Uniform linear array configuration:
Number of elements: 32
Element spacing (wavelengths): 0.25
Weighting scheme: hamming
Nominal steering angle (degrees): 60
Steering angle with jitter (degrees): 60.553
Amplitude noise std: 0.05
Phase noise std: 0.05

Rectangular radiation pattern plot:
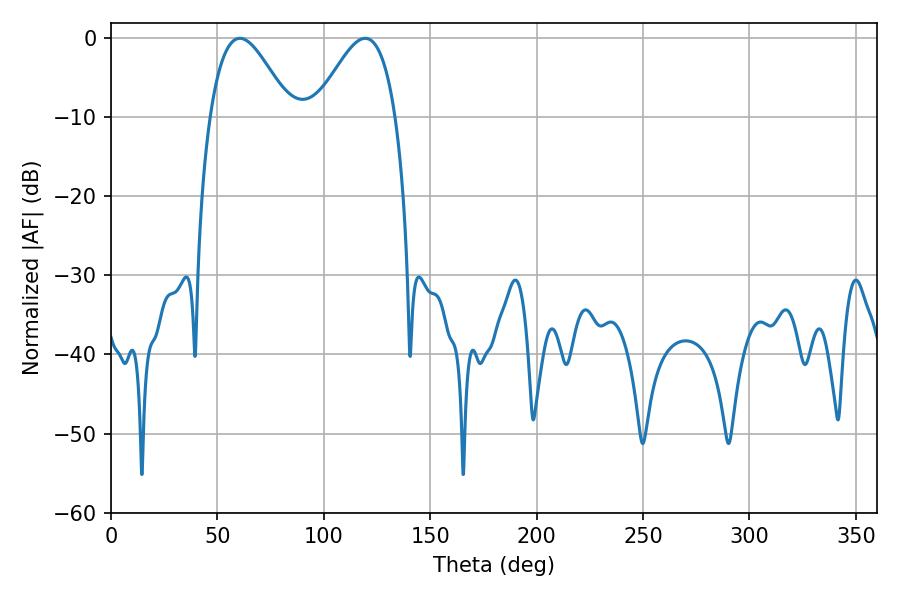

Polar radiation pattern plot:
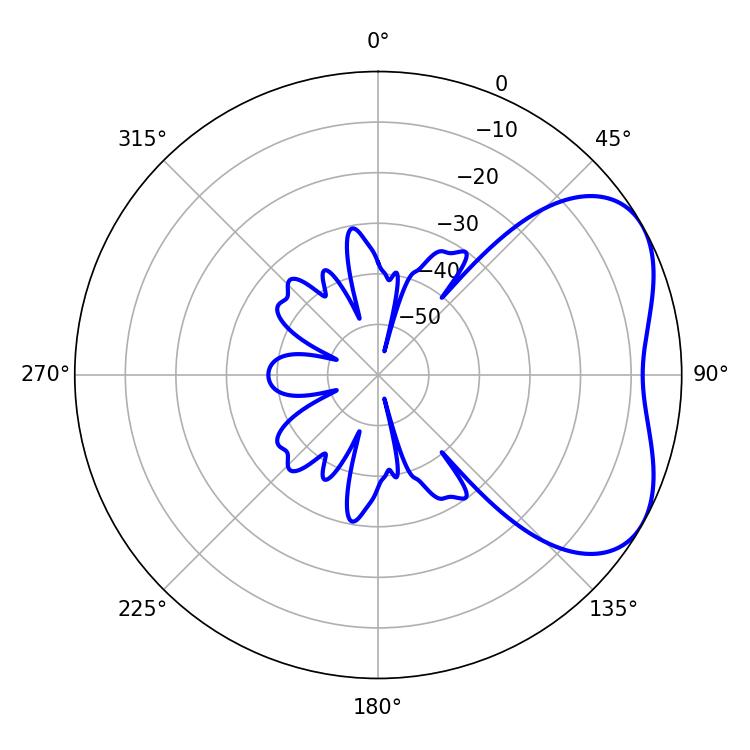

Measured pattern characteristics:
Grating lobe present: FALSE
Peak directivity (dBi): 4.509
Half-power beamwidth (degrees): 20.16
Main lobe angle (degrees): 60.48